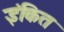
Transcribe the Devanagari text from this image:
इंकित